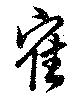
寉